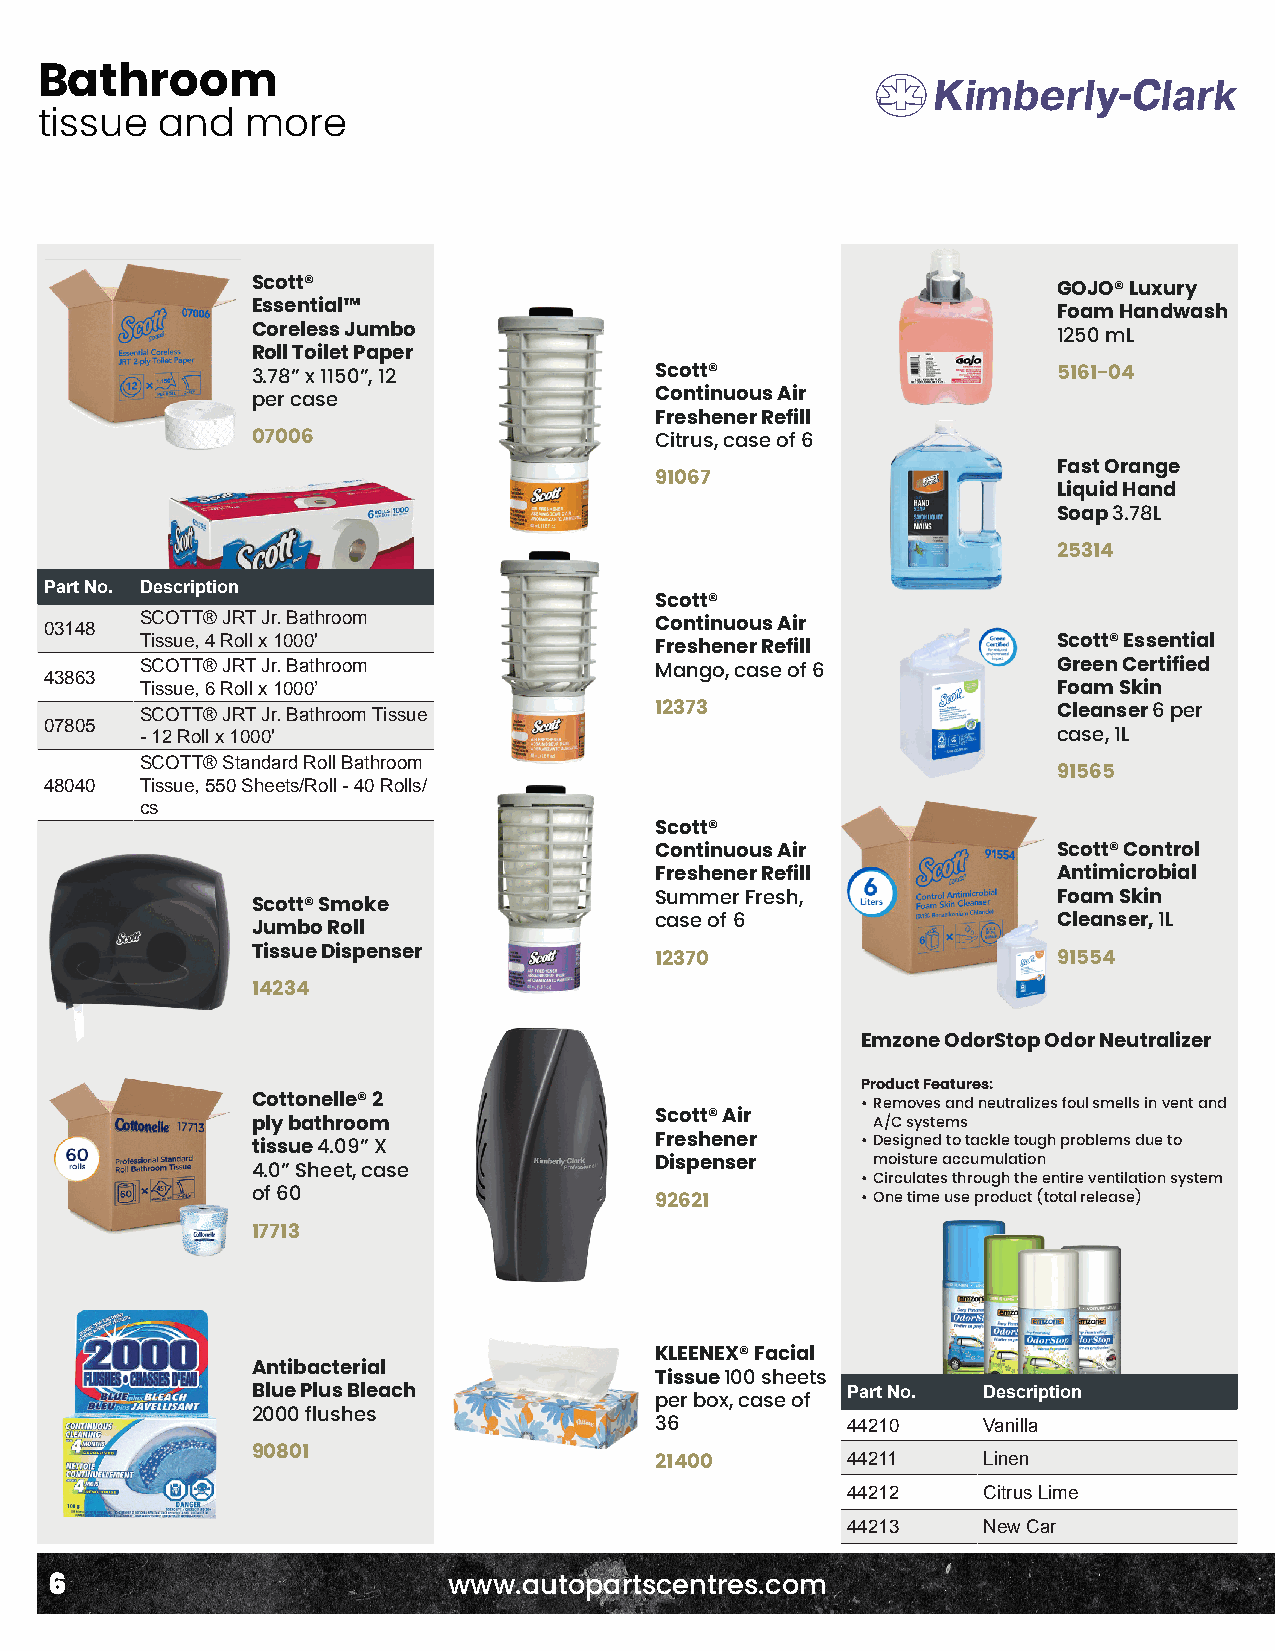
Bathroom
 tissue  and   more
 Scott®
 GOJO® Luxury
 Essential™
 Foam Handwash
 Coreless Jumbo                                       1250 mL
 Roll Toilet Paper
 3.78” x 1150”, 12         Scott®                     5161-04
 per case                  Continuous Air
 Freshener Refill
 07006                     Citrus, case of 6
 Fast Orange
 91067
 Liquid Hand
 Soap 3.78L
 25314
 Part No. Description
 Scott®
 SCOTT® JRT Jr. Bathroom
 03148                                   Continuous Air
 Tissue, 4 Roll x 1000'                                       Scott® Essential
 Freshener Refill
 43863 SCOTT® JRT Jr. Bathroom           Mango, case of 6           Green Certified
 Tissue, 6 Roll x 1000’                                       Foam Skin
 SCOTT® JRT Jr. Bathroom Tissue    12373                      Cleanser 6 per
 07805
 - 12 Roll x 1000'                                            case, 1L
 SCOTT® Standard Roll Bathroom
 91565
 48040 Tissue, 550 Sheets/Roll - 40 Rolls/
 cs
 Scott®
 Continuous Air             Scott® Control
 Freshener Refill           Antimicrobial
 Summer Fresh,              Foam Skin
 Scott® Smoke
 case of 6                  Cleanser, 1L
 Jumbo Roll
 Tissue Dispenser          12370                      91554
 14234
 Emzone OdorStop Odor Neutralizer
 Product Features:
 Cottonelle® 2                           • Removes and neutralizes foul smells in vent and
 ply bathroom              Scott® Air     A/C systems
 tissue 4.09” X            Freshener     • Designed to tackle tough problems due to
 Dispenser      moisture accumulation
 4.0” Sheet, case
 • Circulates through the entire ventilation system
 of 60                     92621         • One time use product (total release)
 17713
 KLEENEX® Facial
 Antibacterial
 Tissue 100 sheets
 Blue Plus Bleach                       Part No. Description
 per box, case of
 2000 flushes
 36           44210    Vanilla
 90801                                  44211    Linen
 21400
 44212    Citrus Lime
 44213    New Car
 6                          www.autopartscentres.com